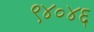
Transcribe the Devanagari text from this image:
९४०४६